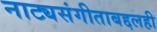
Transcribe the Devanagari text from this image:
नाट्यसंगीताबद्दलही